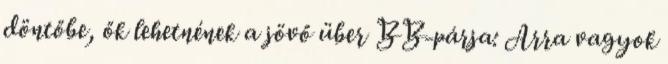
döntőbe, ők lehetnének a jövő über BB-párja: Arra vagyok